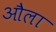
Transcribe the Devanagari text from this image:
औला